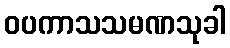
ဝပကာသသမဏသုခါ